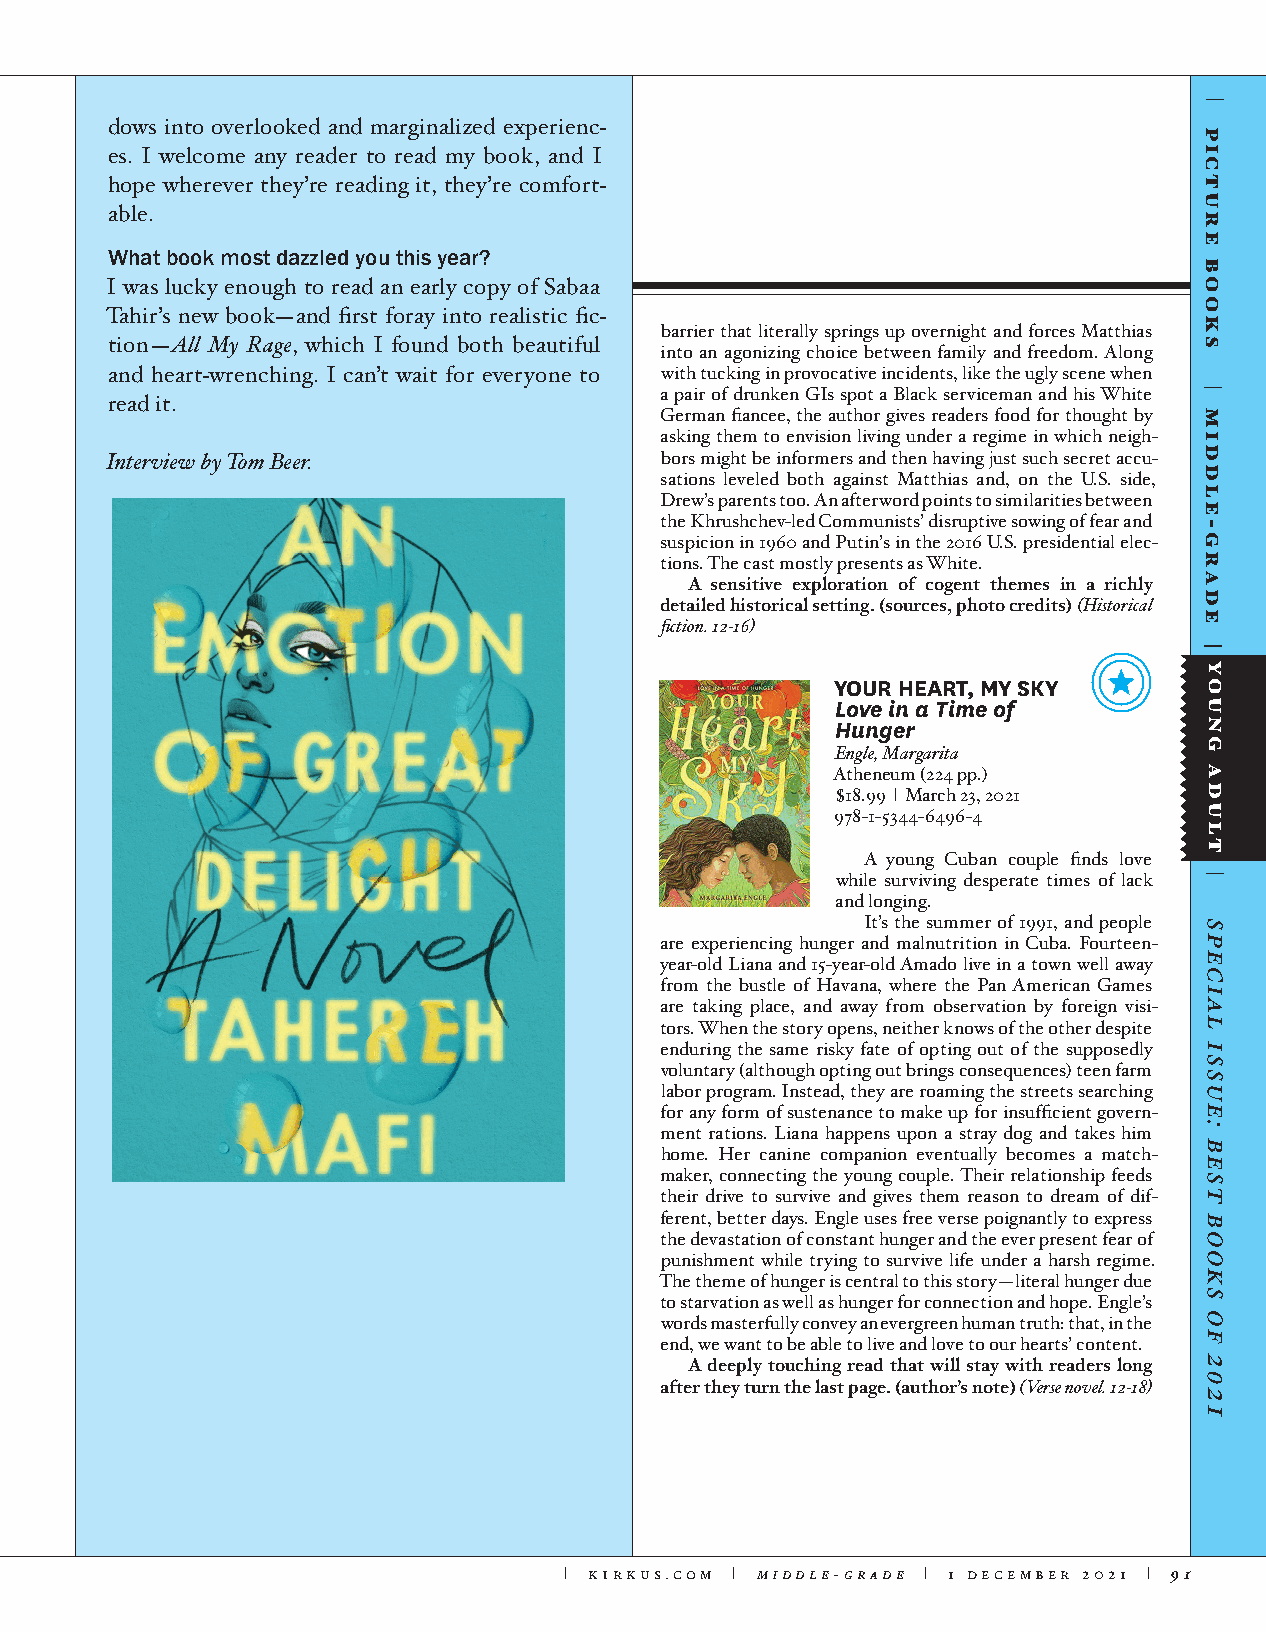
dows into overlooked and marginalized experienc-
 es. I welcome any reader to read my book, and I
 hope wherever they’re reading it, they’re comfort-
 able.
 What book most dazzled you this year?
 I was lucky enough to read an early copy of Sabaa
 Tahir’s new book—and first foray into realistic fic-
 barrier that literally springs up overnight and forces Matthias
 tion—All My Rage, which I found both beautiful into an agonizing choice between family and freedom. Along
 and heart-wrenching. I can’t wait for everyone to with tucking in provocative incidents, like the ugly scene when
 a pair of drunken GIs spot a Black serviceman and his White
 read it.
 German fiancee, the author gives readers food for thought by
 asking them to envision living under a regime in which neigh-
 bors might be informers and then having just such secret accu-
 Interview by Tom Beer.
 sations leveled both against Matthias and, on the U.S. side,
 Drew’s parents too. An afterword points to similarities between
 the Khrushchev-led Communists’ disruptive sowing of fear and
 suspicion in 1960 and Putin’s in the 2016 U.S. presidential elec-
 tions. The cast mostly presents as White.
 A sensitive exploration of cogent themes in a richly
 detailed historical setting. (sources, photo credits) (Historical
 fiction. 12-16)
 YOUR HEART, MY SKY
 Love in a Time of
 Hunger
 Engle, Margarita
 Atheneum (224 pp.)
 $18.99 | March 23, 2021
 978-1-5344-6496-4
 A young Cuban couple finds love
 while surviving desperate times of lack
 and longing.
 It’s the summer of 1991, and people
 are experiencing hunger and malnutrition in Cuba. Fourteen-
 year-old Liana and 15-year-old Amado live in a town well away
 from the bustle of Havana, where the Pan American Games
 are taking place, and away from observation by foreign visi-
 tors. When the story opens, neither knows of the other despite
 enduring the same risky fate of opting out of the supposedly
 voluntary (although opting out brings consequences) teen farm
 labor program. Instead, they are roaming the streets searching
 for any form of sustenance to make up for insufficient govern-
 ment rations. Liana happens upon a stray dog and takes him
 home. Her canine companion eventually becomes a match-
 maker, connecting the young couple. Their relationship feeds
 their drive to survive and gives them reason to dream of dif-
 ferent, better days. Engle uses free verse poignantly to express
 the devastation of constant hunger and the ever present fear of
 punishment while trying to survive life under a harsh regime.
 The theme of hunger is central to this story—literal hunger due
 to starvation as well as hunger for connection and hope. Engle’s
 words masterfully convey an evergreen human truth: that, in the
 end, we want to be able to live and love to our hearts’ content.
 A deeply touching read that will stay with readers long
 after they turn the last page. (author’s note) (Verse novel. 12-18)
 | kirkus.com | middle-grade | 1 december 2021 | 91
 picture
 books
 middle-grade
 young
 adult
 special
 issue:
 best
 books
 of
 2021